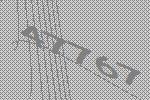
47767